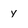
Character: y